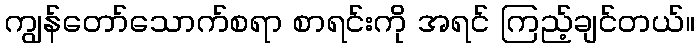
ကျွန်တော်သောက်စရာ စာရင်းကို အရင် ကြည့်ချင်တယ်။